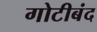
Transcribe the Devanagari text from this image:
गोटीबंद